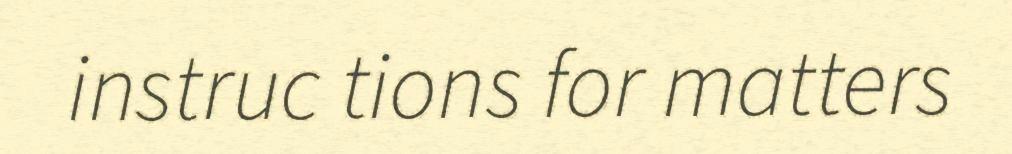
instruc tions for matters